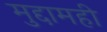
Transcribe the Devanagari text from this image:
मुद्दामही